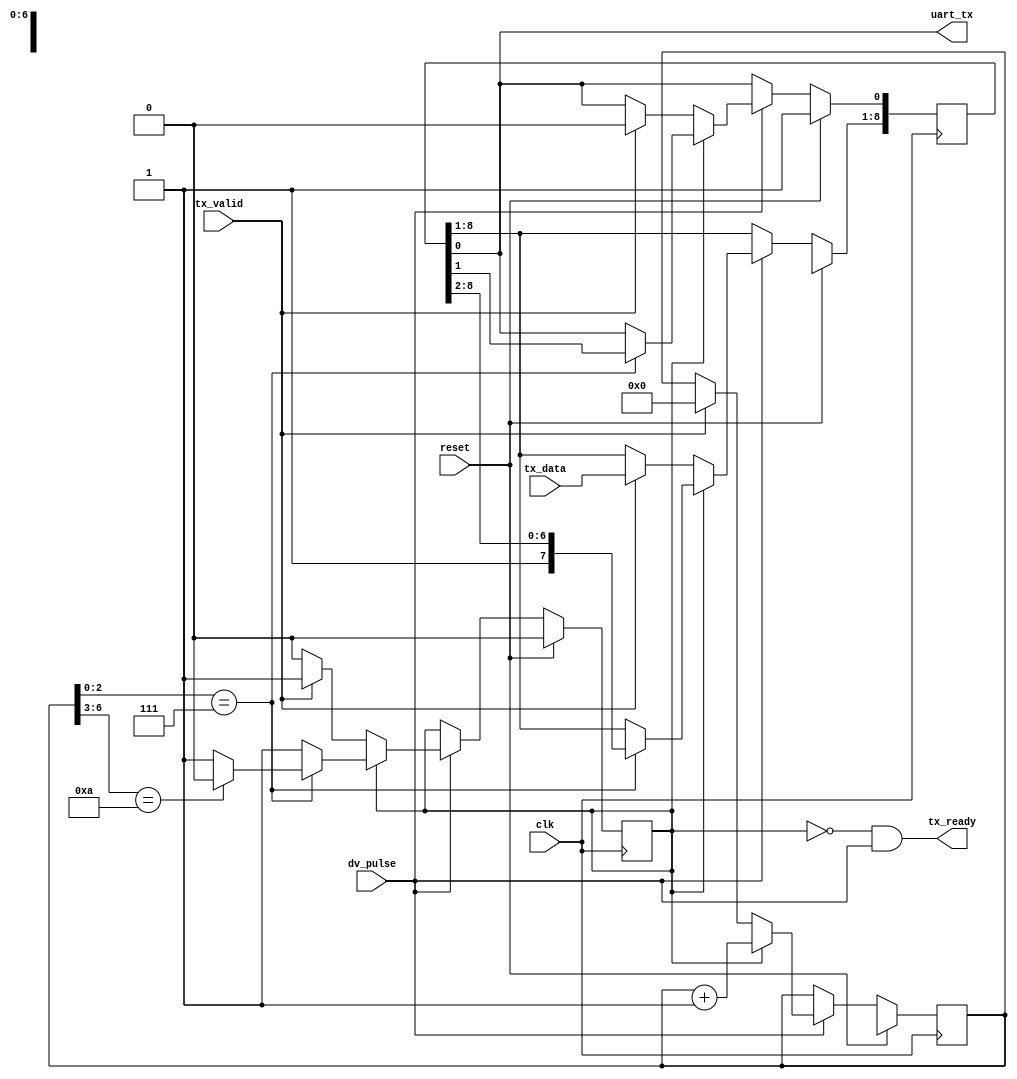
// ---------------------------------------------------------------------------
//  Jelly  -- The platform for real-time computing
//
//                                 Copyright (C) 2008-2015 by Ryuji Fuchikami
//                                 https://github.com/ryuz/jelly.git
// ---------------------------------------------------------------------------



`timescale 1ns / 1ps
`default_nettype none



module jelly_uart_tx
        (
            // system
            input   wire                        reset,
            input   wire                        clk,
            input   wire                        dv_pulse,
            
            // UART
            output  wire                        uart_tx,
            
            // control
            input   wire    [7:0]               tx_data,
            input   wire                        tx_valid,
            output  wire                        tx_ready
        );
    
    // TX
    reg                         tx_busy;
    reg     [6:0]               tx_count;
    reg     [8:0]               tx_buf;
    
    always @ ( posedge clk ) begin
        if ( reset ) begin
            tx_busy      <= 1'b0;
            tx_count     <= {7{1'bx}};
            tx_buf[0]    <= 1'b1;
            tx_buf[8:1]  <= {8{1'bx}};
        end
        else if ( dv_pulse ) begin
            if ( !tx_busy ) begin
                if ( tx_valid ) begin
                    tx_busy      <= 1'b1;
                    tx_buf[0]    <= 1'b0;
                    tx_buf[8:1]  <= tx_data;
                    tx_count     <= 7'h00;
                end
            end
            else begin
                tx_count <= tx_count + 1'b1;
                if ( tx_count[2:0] == 4'h7 ) begin
                    tx_buf <= {1'b1, tx_buf[8:1]};
                    if ( tx_count[6:3] == 4'ha ) begin
                        tx_busy <= 1'b0;
                    end
                end
            end
        end
    end
    
    assign tx_ready = ~tx_busy & dv_pulse;
    assign uart_tx  = tx_buf[0];
    
endmodule


`default_nettype wire


// end of file